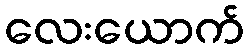
လေးယောက်